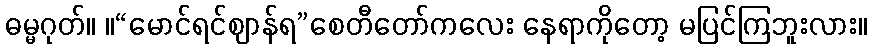
ဓမ္မဂုတ်။ ။“မောင်ရင်ဈာန်ရ”စေတီတော်ကလေး နေရာကိုတော့ မပြင်ကြဘူးလား။